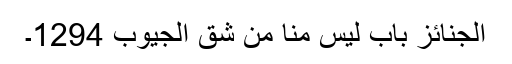
الجنائز باب لیس منا من شق الجیوب 1294۔